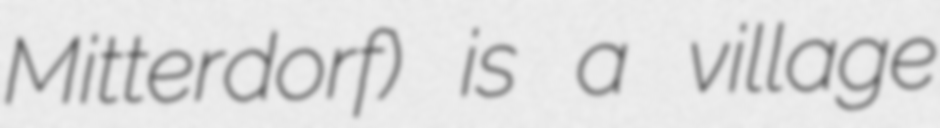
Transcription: Mitterdorf) is a village